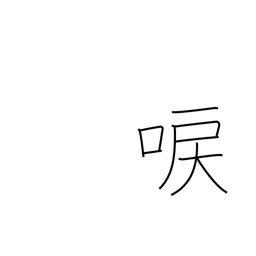
Meaning: droning of cicadas